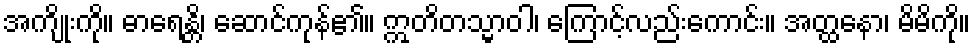
အကျိုးကို။ ဓာရေန္တိ၊ ဆောင်ကုန်၏။ ဣတိတသ္မာဝါ၊ ကြောင့်လည်းကောင်း။ အတ္ထနော၊ မိမိကို။